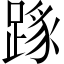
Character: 𨂼